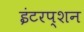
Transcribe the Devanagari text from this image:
इंटरप्शन